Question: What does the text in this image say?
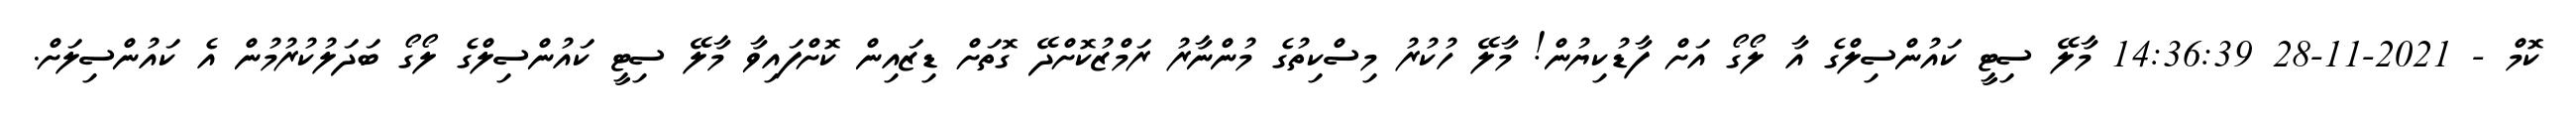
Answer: ކޮމް - 2021-11-28 14:36:39 މާލޭ ސިޓީ ކައުންސިލްގެ އާ ލޯގޯ އަށް ފާޑުކިޔުން! މާލޭ ހުކުރު މިސްކިތުގެ މުންނާރު ރަމްޒުކޮށްދޭ ގޮތަށް ޑިޒައިން ކޮށްފައިވާ މާލޭ ސިޓީ ކައުންސިލްގެ ލޯގޯ ބަދަލުކުރުމުން އެ ކައުންސިލަށް.